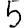
Digit: 5